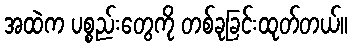
အထဲက ပစ္စည်းတွေကို တစ်ခုခြင်းထုတ်တယ်။